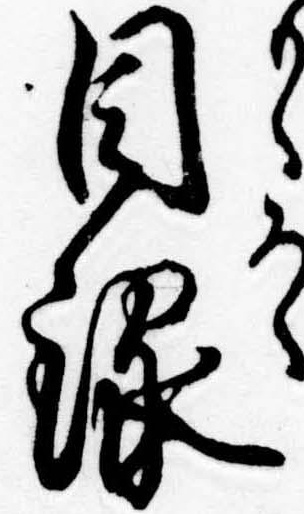
目録